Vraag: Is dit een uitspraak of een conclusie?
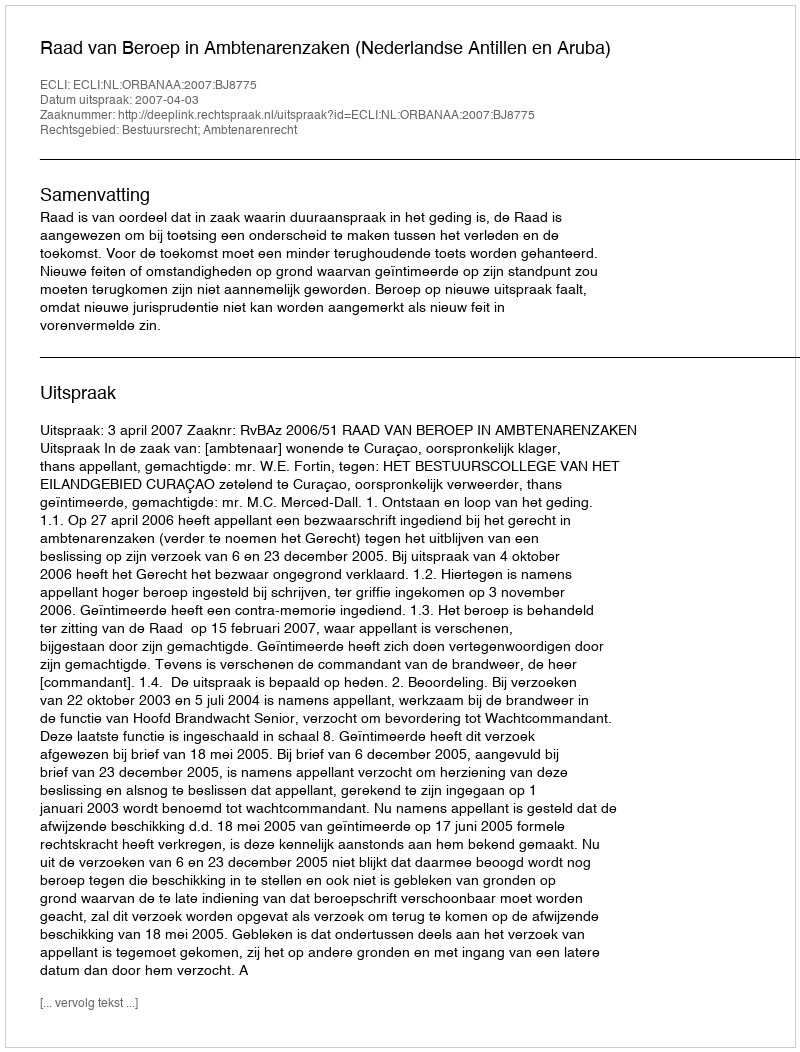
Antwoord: Uitspraak